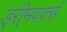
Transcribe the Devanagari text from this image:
ड्री्मवर्क्स